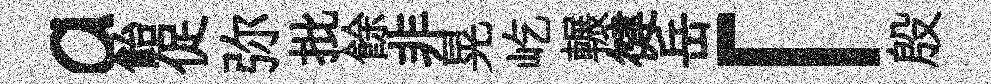
a飴促弥批餘非晃屹輾徤岳「殷